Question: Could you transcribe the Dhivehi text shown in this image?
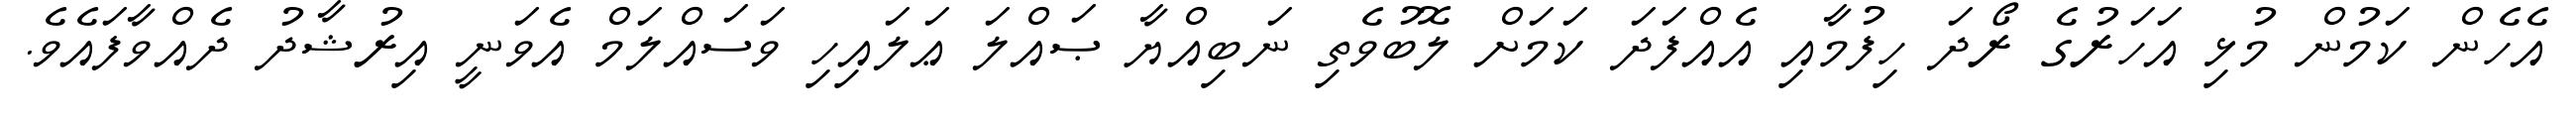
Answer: އެހެން ކަމުން މުޅި އަހަރުގެ ރޯދަ ހިފުމާއި އެއްފަދަ ކަމަށް ލޮބުވެތި ނަބިއްޔާ ޞައްލަ ޢަލައިހި ވަސައްލަމް އެވަނީ އިރުޝާދު ދެއްވާފައެވެ.